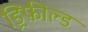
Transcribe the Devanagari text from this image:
ड्रिफ़ील्ड